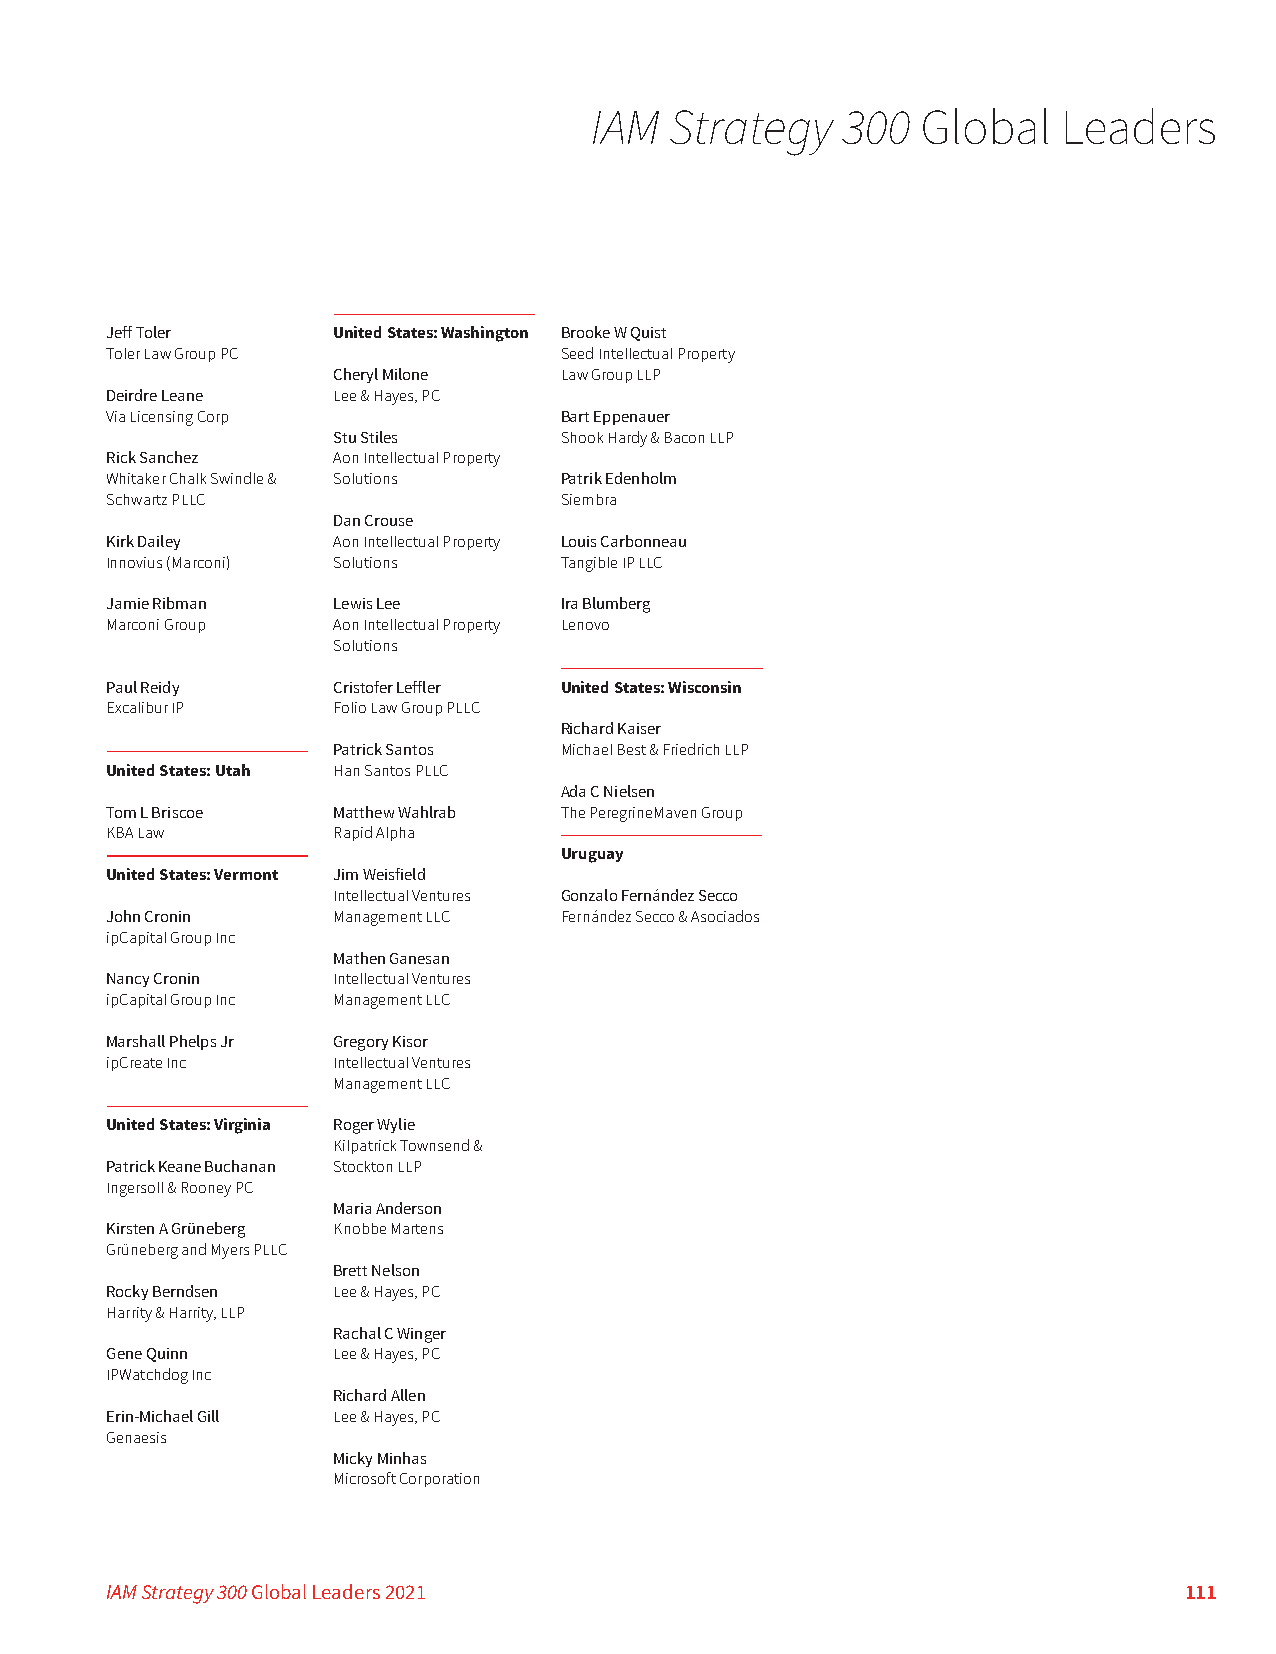
IAM  Strategy    300  Global   Leaders
 Jeff Toler     United States: Washington Brooke W Quist
 Toler Law Group PC            Seed Intellectual Property
 Cheryl Milone  Law Group LLP
 Deirdre Leane  Lee & Hayes, PC
 Via Licensing Corp            Bart Eppenauer
 Stu Stiles     Shook Hardy & Bacon LLP
 Rick Sanchez   Aon Intellectual Property
 Whitaker Chalk Swindle & Solutions Patrik Edenholm
 Schwartz PLLC                 Siembra
 Dan Crouse
 Kirk Dailey    Aon Intellectual Property Louis Carbonneau
 Innovius (Marconi) Solutions  Tangible IP LLC
 Jamie Ribman   Lewis Lee      Ira Blumberg
 Marconi Group  Aon Intellectual Property Lenovo
 Solutions
 Paul Reidy     Cristofer Leffler United States: Wisconsin
 Excalibur IP   Folio Law Group PLLC
 Richard Kaiser
 Patrick Santos Michael Best & Friedrich LLP
 United States: Utah Han Santos PLLC
 Ada C Nielsen
 Tom L Briscoe  Matthew Wahlrab The PeregrineMaven Group
 KBA Law        Rapid Alpha
 Uruguay
 United States: Vermont Jim Weisfield
 Intellectual Ventures Gonzalo Fernández Secco
 John Cronin    Management LLC Fernández Secco & Asociados
 ipCapital Group Inc
 Mathen Ganesan
 Nancy Cronin   Intellectual Ventures
 ipCapital Group Inc Management LLC
 Marshall Phelps Jr Gregory Kisor
 ipCreate Inc   Intellectual Ventures
 Management LLC
 United States: Virginia Roger Wylie
 Kilpatrick Townsend &
 Patrick Keane Buchanan Stockton LLP
 Ingersoll & Rooney PC
 Maria Anderson
 Kirsten A Grüneberg Knobbe Martens
 Grüneberg and Myers PLLC
 Brett Nelson
 Rocky Berndsen Lee & Hayes, PC
 Harrity & Harrity, LLP
 Rachal C Winger
 Gene Quinn     Lee & Hayes, PC
 IPWatchdog Inc
 Richard Allen
 Erin-Michael Gill Lee & Hayes, PC
 Genaesis
 Micky Minhas
 Microsoft Corporation
 IAM Strategy 300 Global Leaders 2021                                   111